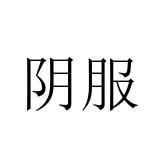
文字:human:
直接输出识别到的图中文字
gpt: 阴服